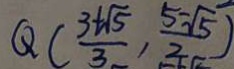
Q ( \frac { 3 + \sqrt { 5 } } { 3 } , \frac { 5 - \sqrt { 5 } } { 2 } )